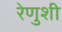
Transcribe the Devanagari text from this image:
रेणुशी